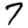
Digit: 7